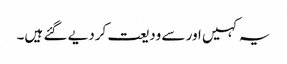
یہ کہیں اور سے ودیعت کردیے گئے ہیں۔